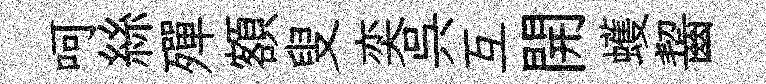
呵絲殫額叟奕呉互開蠖齧